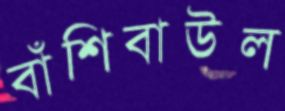
বাঁশিবাউল